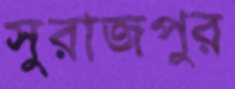
সুরাজপুর